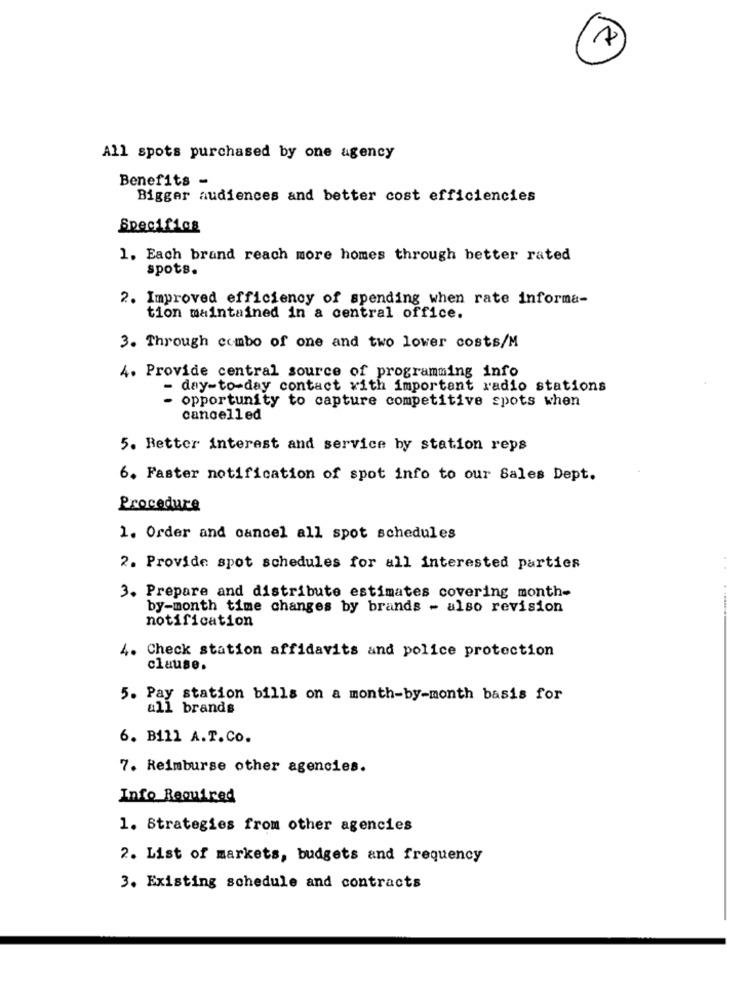
All spots purchased by one agency
Benefits -
Bigger audiences and better cost efficiencies
Specifics
1. Each brand reach more homes through better rated
spots.
2. Improved efficiency of spending when rate informa-
tion maintained in a central office.
3. Through combo of one and two lower costs/M
4. Provide central source of programming info
- day-to-day contact with important radio stations
- opportunity to capture competitive spots when
cancelled
5. Better interest and service by station reps
6. Faster notification of spot info to our Sales Dept.
Procedure
1. Order and cancel all spot schedules
2. Provide spot schedules for all interested parties
3. Prepare and distribute estimates covering month-
by-month time changes by brands - also revision
notification
4. Check station affidavits and police protection
clause.
5. Pay station bills on a month-by-month basis for
all brands
6. Bill A.T. Co.
7. Reimburse other agencies.
Info Required
1. Strategies from other agencies
2. List of markets, budgets and frequency
3. Existing schedule and contracts